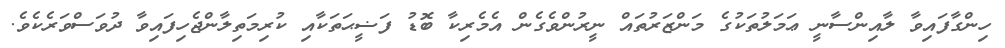
ހިންގާފައިވާ ލާއިންސާނީ ޢަމަލުތަކުގެ މަންޒަރުތައް ނީރުންވެގެން އެމެރިކާ ބޮޑު ފަޟީޙަތަކާއި ކުރިމަތިލާންޖެހިފައިވާ ދުވަސްވަރެކެވެ.